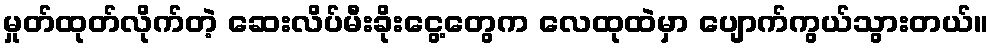
မှုတ်ထုတ်လိုက်တဲ့ ဆေးလိပ်မီးခိုးငွေ့တွေက လေထုထဲမှာ ပျောက်ကွယ်သွားတယ်။